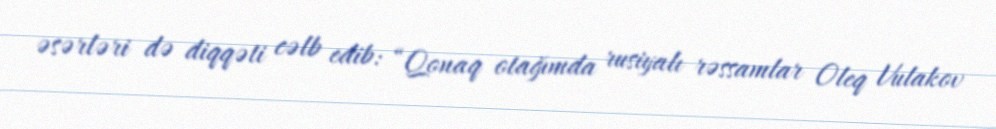
əsərləri də diqqəti cəlb edib: “Qonaq otağımda rusiyalı rəssamlar Oleq Vulakov